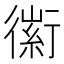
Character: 𧗼